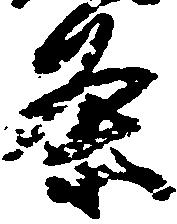
条